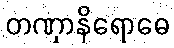
တဏှာနိရောဓေ